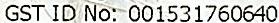
GST ID NO: 001531760640